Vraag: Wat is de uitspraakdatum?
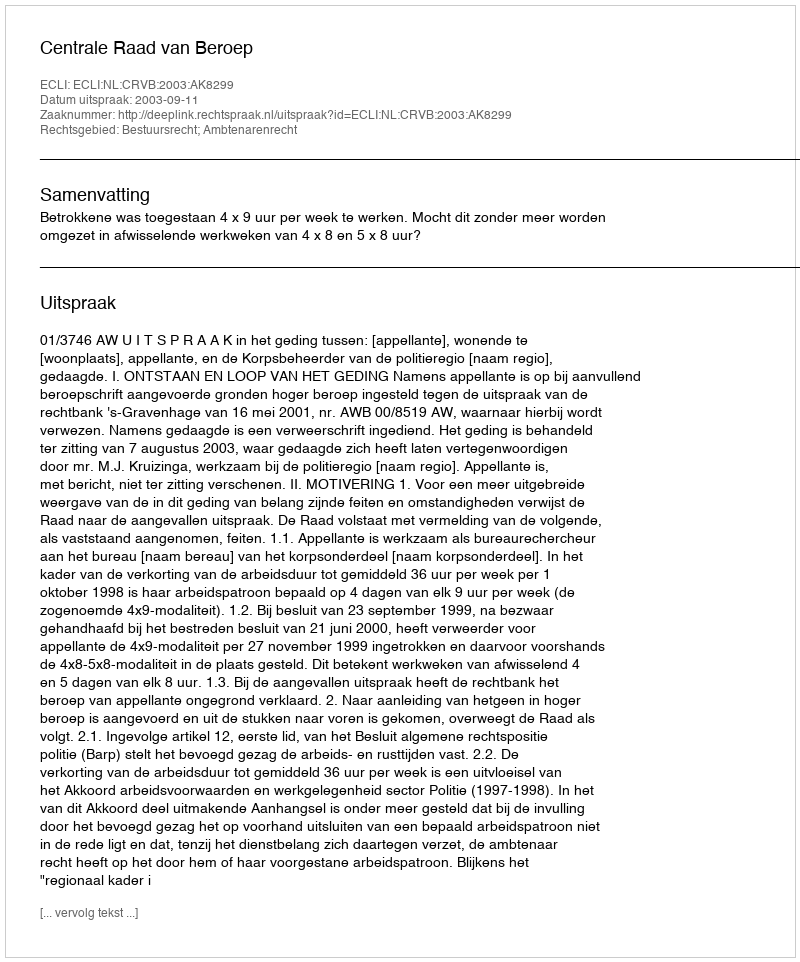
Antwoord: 2003-09-11